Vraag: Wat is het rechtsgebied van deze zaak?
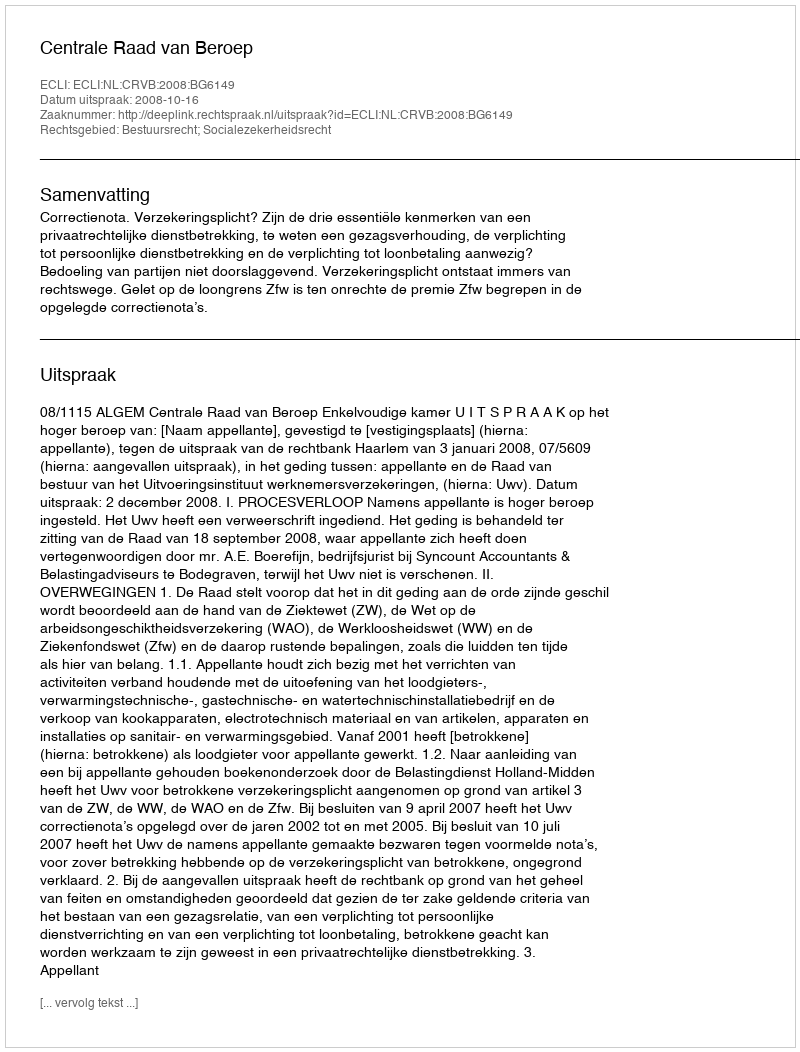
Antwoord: Bestuursrecht; Socialezekerheidsrecht